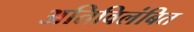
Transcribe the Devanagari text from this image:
अतिविलंबित